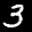
Digit: 3